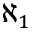
\aleph _ { 1 }